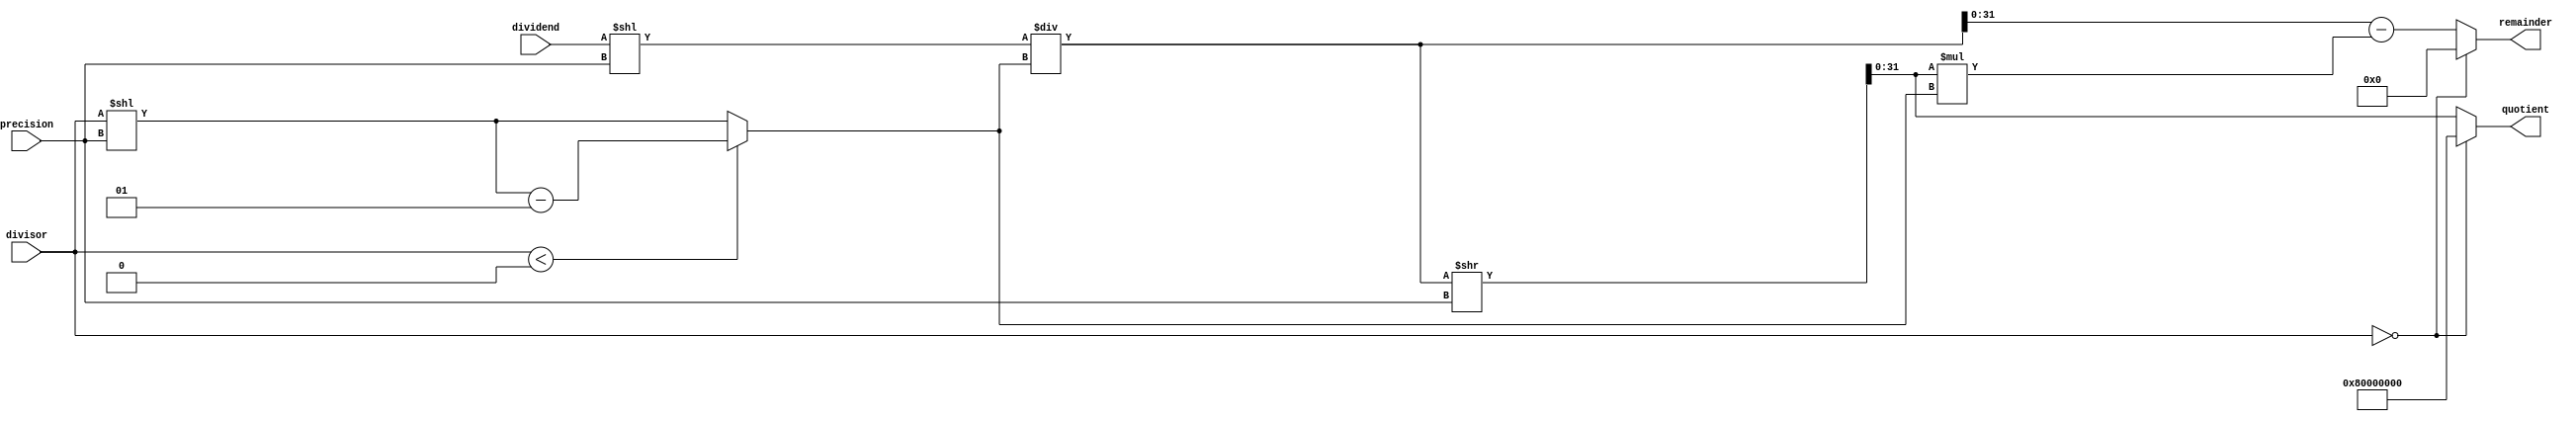
module fixed_point_divider(
    input signed [31:0] dividend,
    input signed [31:0] divisor,
    input [7:0] precision,
    output reg signed [31:0] quotient,
    output reg [31:0] remainder
);

reg signed [63:0] temp_result;
reg signed [31:0] shifted_divisor;
reg signed [31:0] adjusted_divisor;
reg signed [63:0] shifted_dividend;

always @* begin
    shifted_divisor = divisor << precision;
    adjusted_divisor = (divisor < 0) ? shifted_divisor - 1 : shifted_divisor;
    shifted_dividend = dividend << precision;
 
    if(divisor == 0) begin
        quotient = 32'h80000000; // division by zero condition
        remainder = 0;
    end
    else begin
        temp_result = shifted_dividend / adjusted_divisor;
        quotient = temp_result >> precision;
        remainder = temp_result - (quotient * adjusted_divisor);
    end
end

endmodule